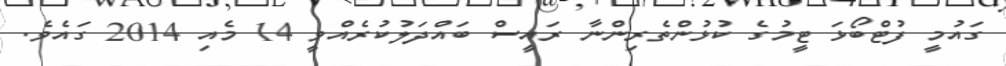
ގައުމީ ފުޓްބޯޅަ ޓީމުގެ ކުޅުންތެރިންނާ ރައީސް ބައްދަލުކުރެއްވީ 14 މެއި 2014 ގައެވެ.